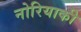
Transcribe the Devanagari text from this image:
नोरियाकी